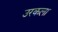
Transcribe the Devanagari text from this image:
उरकला